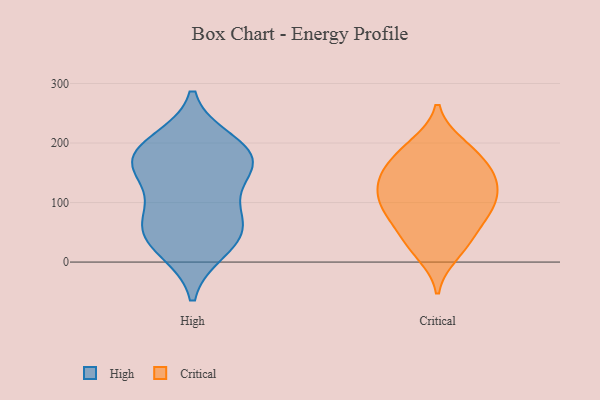
{"axis": {"x": "LTV (USD)", "y": "Value"}, "legend": ["Critical", "High"], "data": [{"x": "", "y": 81, "type": "High"}, {"x": "", "y": 172, "type": "High"}, {"x": "", "y": 22, "type": "High"}, {"x": "", "y": 64, "type": "High"}, {"x": "", "y": 35, "type": "High"}, {"x": "", "y": 180, "type": "High"}, {"x": "", "y": 200, "type": "High"}, {"x": "", "y": 179, "type": "High"}, {"x": "", "y": 138, "type": "High"}, {"x": "", "y": 162, "type": "High"}, {"x": "", "y": 59, "type": "High"}, {"x": "", "y": 97, "type": "Critical"}, {"x": "", "y": 37, "type": "Critical"}, {"x": "", "y": 193, "type": "Critical"}, {"x": "", "y": 124, "type": "Critical"}, {"x": "", "y": 197, "type": "Critical"}, {"x": "", "y": 90, "type": "Critical"}, {"x": "", "y": 77, "type": "Critical"}, {"x": "", "y": 130, "type": "Critical"}, {"x": "", "y": 175, "type": "Critical"}, {"x": "", "y": 76, "type": "Critical"}, {"x": "", "y": 104, "type": "Critical"}, {"x": "", "y": 145, "type": "Critical"}, {"x": "", "y": 33, "type": "Critical"}, {"x": "", "y": 148, "type": "Critical"}, {"x": "", "y": 153, "type": "Critical"}, {"x": "", "y": 14, "type": "Critical"}]}